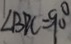
\angle B P C = 9 0 ^ { \circ }